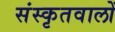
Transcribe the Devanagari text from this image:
संस्कृतवालों